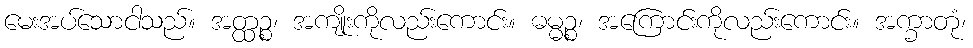
မေးအပ်သောငါသည်။ အတ္ထဉ္စ၊ အကျိုးကိုလည်းကောင်း။ ဓမ္မဉ္စ၊ အကြောင်းကိုလည်းကောင်း။ အက္ခာတုံ၊